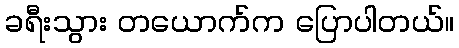
ခရီးသွား တယောက်က ပြောပါတယ်။